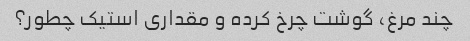
چند مرغ، گوشت چرخ کرده و مقداری استیک چطور؟